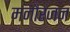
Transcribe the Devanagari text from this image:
मनौरंजन